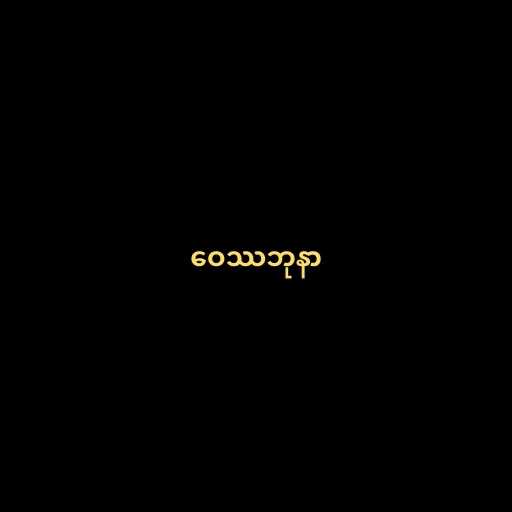
ဝေဿဘုနာ